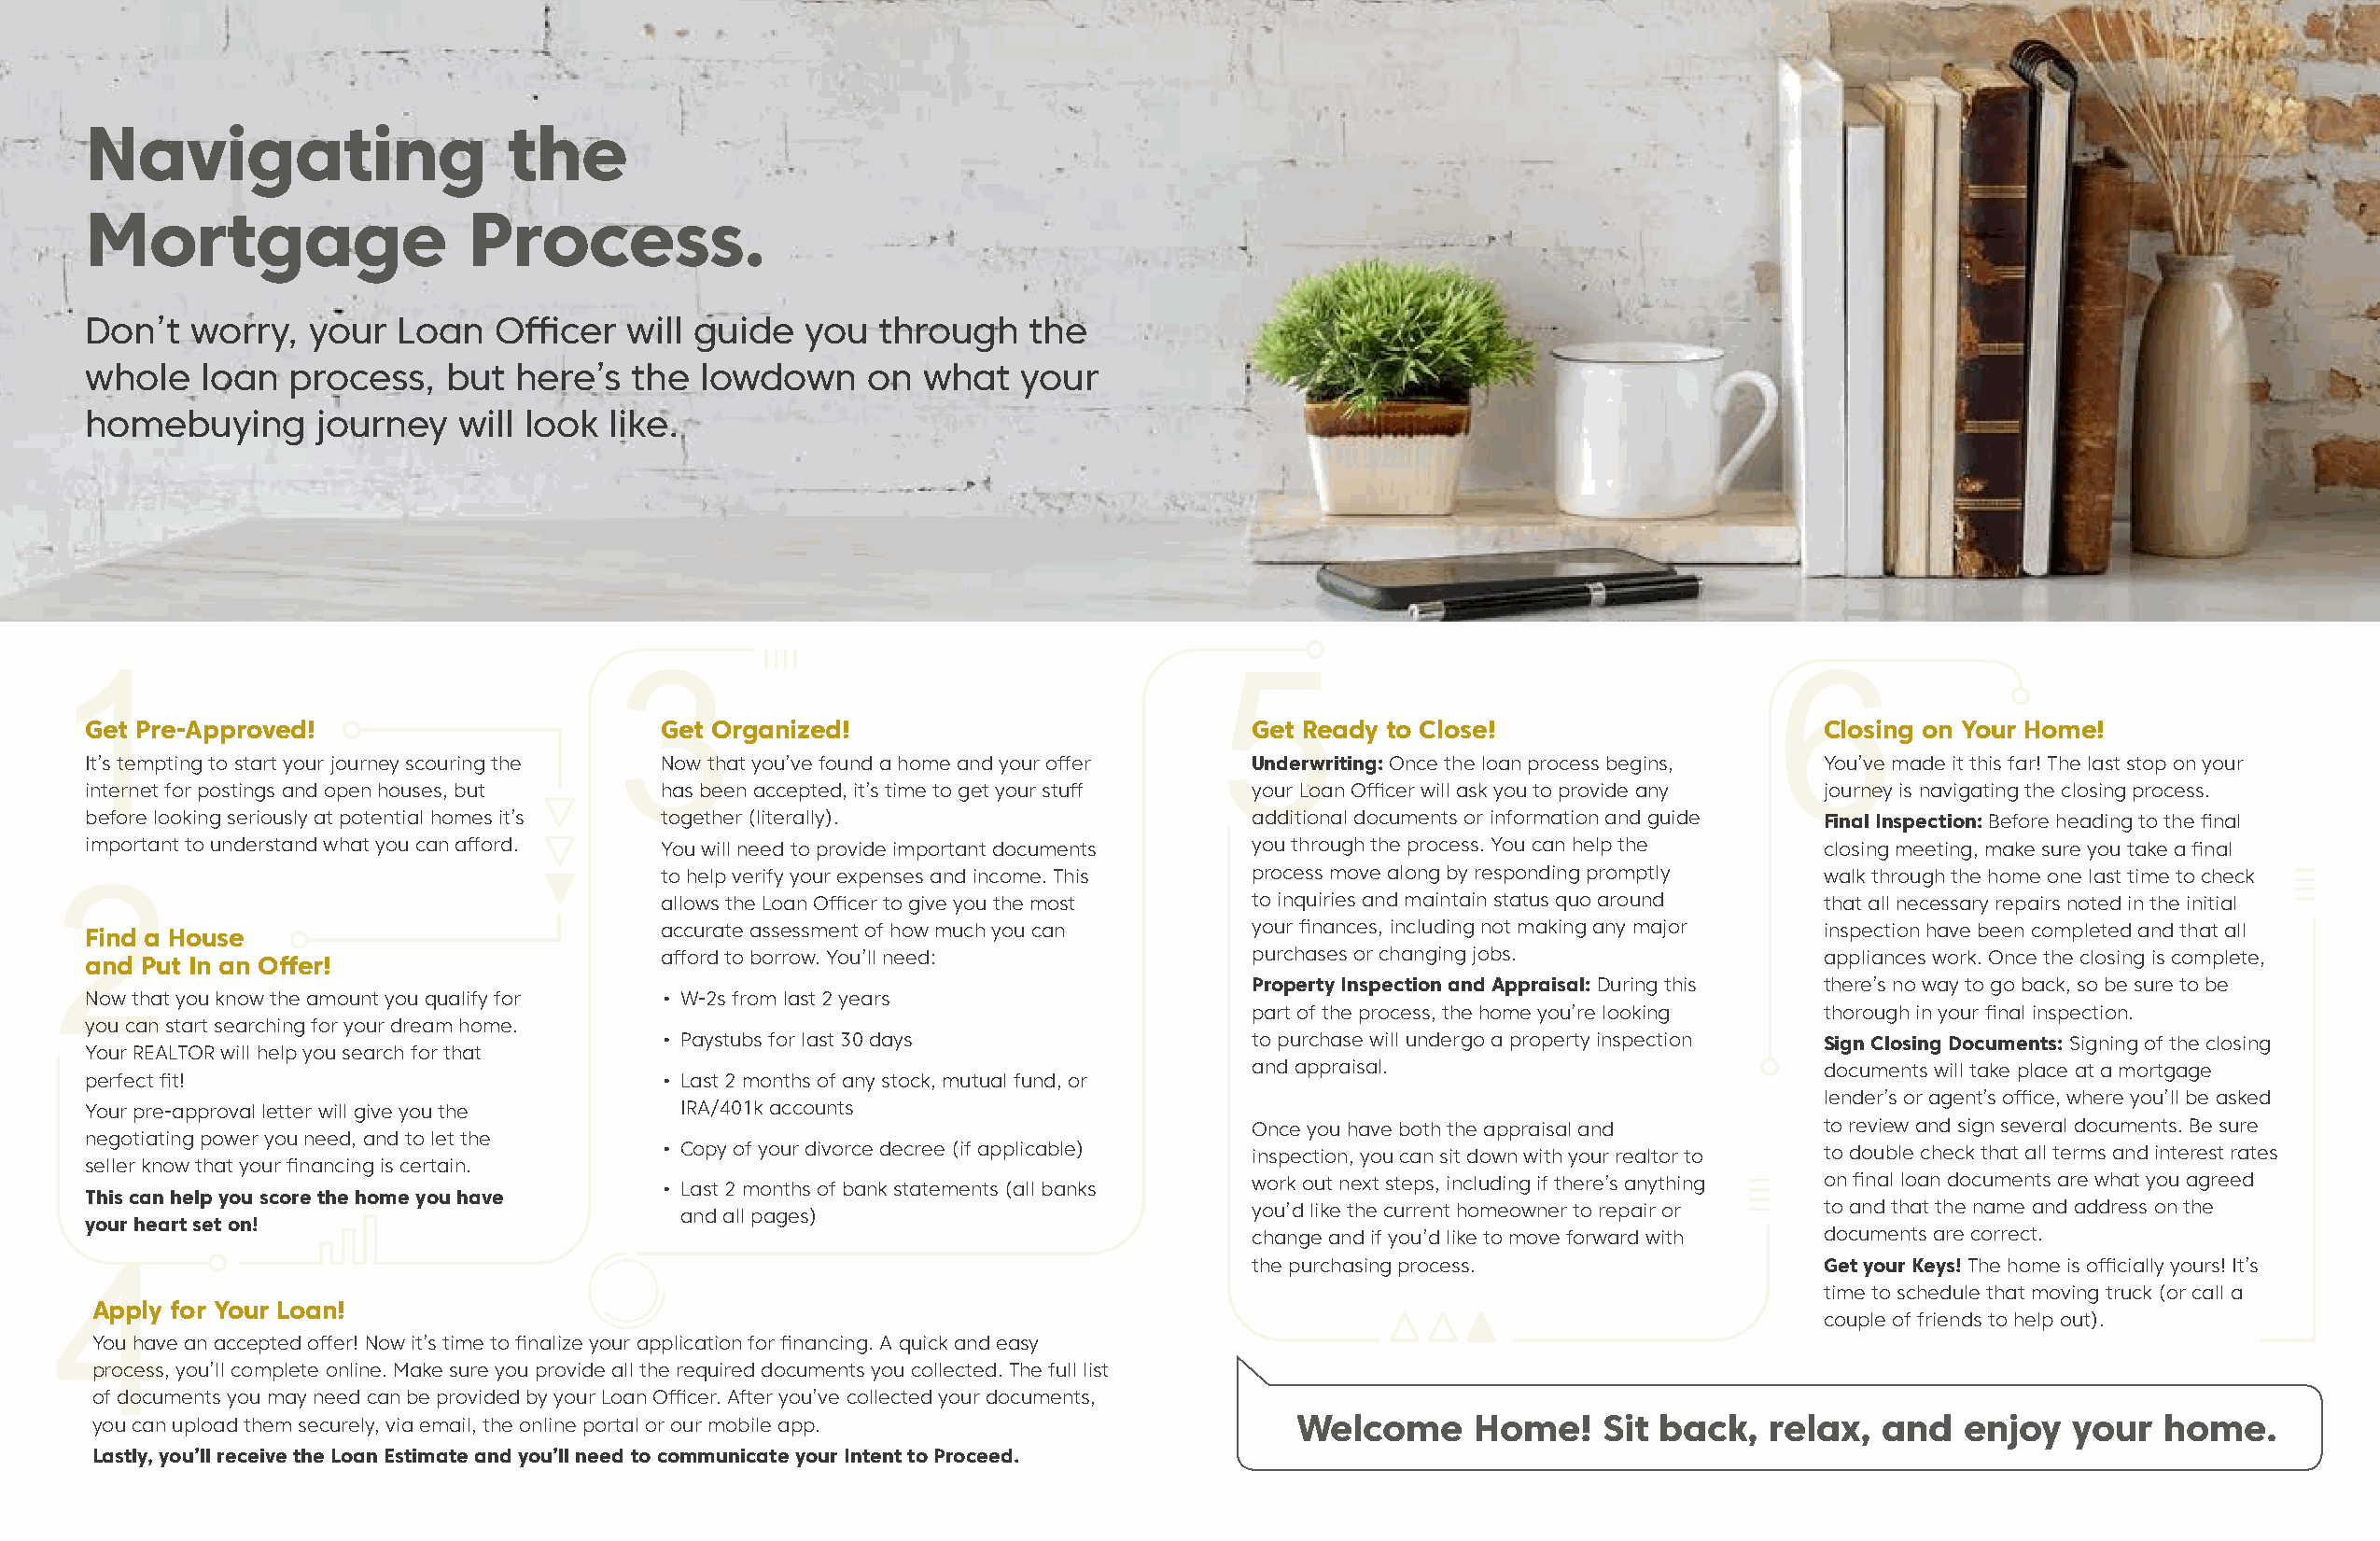
Navigating                    the
 Mortgage                   Process.
 Don’t   worry,  your  Loan   Officer  will guide   you  through    the
 whole   loan   process,   but  here’s  the  lowdown     on what   your
 homebuying      journey   will look  like.
 1                                       3                                         5                                       6
 Get Pre-Approved!                        Get Organized!                            Get Ready to Close!                     Closing on Your Home!
 It’s tempting to start your journey scouring the Now that you’ve found a home and your offer Underwriting: Once the loan process begins, You’ve made it this far! The last stop on your
 internet for postings and open houses, but has been accepted, it’s time to get your stuff your Loan Officer will ask you to provide any journey is navigating the closing process.
 before looking seriously at potential homes it’s together (literally).             additional documents or information and guide Final Inspection: Before heading to the final
 important to understand what you can afford. You will need to provide important documents you through the process. You can help the closing meeting, make sure you take a final
 to help verify your expenses and income. This process move along by responding promptly walk through the home one last time to check
 2                                          allows the Loan Officer to give you the most to inquiries and maintain status quo around that all necessary repairs noted in the initial
 Find a House                             accurate assessment of how much you can   your finances, including not making any major inspection have been completed and that all
 and Put In an Offer!                     afford to borrow. You’ll need:            purchases or changing jobs.             appliances work. Once the closing is complete,
 Property Inspection and Appraisal: During this there’s no way to go back, so be sure to be
 Now that you know the amount you qualify for • W-2s from last 2 years
 part of the process, the home you’re looking thorough in your final inspection.
 you can start searching for your dream home.
 • Paystubs for last 30 days               to purchase will undergo a property inspection Sign Closing Documents: Signing of the closing
 Your REALTOR will help you search for that
 and appraisal.                          documents will take place at a mortgage
 perfect fit!                             • Last 2 months of any stock, mutual fund, or
 lender’s or agent’s office, where you’ll be asked
 Your pre-approval letter will give you the IRA/401k accounts
 Once you have both the appraisal and    to review and sign several documents. Be sure
 negotiating power you need, and to let the
 • Copy of your divorce decree (if applicable) inspection, you can sit down with your realtor to to double check that all terms and interest rates
 seller know that your financing is certain.
 • Last 2 months of bank statements (all banks work out next steps, including if there’s anything on final loan documents are what you agreed
 This can help you score the home you have
 and all pages)                           you’d like the current homeowner to repair or to and that the name and address on the
 your heart set on!
 change and if you’d like to move forward with documents are correct.
 the purchasing process.                 Get your Keys! The home is officially yours! It’s
 4
 time to schedule that moving truck (or call a
 Apply for Your Loan!
 couple of friends to help out).
 You have an accepted offer! Now it’s time to finalize your application for financing. A quick and easy
 process, you’ll complete online. Make sure you provide all the required documents you collected. The full list
 of documents you may need can be provided by your Loan Officer. After you’ve collected your documents,
 you can upload them securely, via email, the online portal or our mobile app.        Welcome      Home!    Sit back,   relax,  and  enjoy   your  home.
 Lastly, you’ll receive the Loan Estimate and you’ll need to communicate your Intent to Proceed.